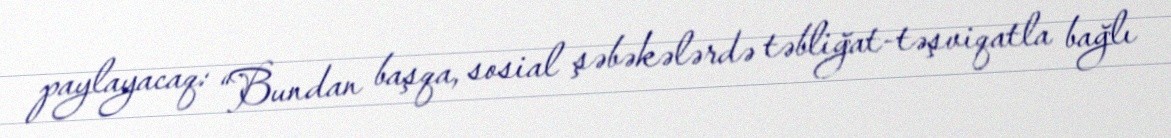
paylayacaq: “Bundan başqa, sosial şəbəkələrdə təbliğat-təşviqatla bağlı